Report on inoculation in the plague infected areas of the Punjab and its dependencies from October 1900 to September 1901
Year: 1900
Disease focus: Plague
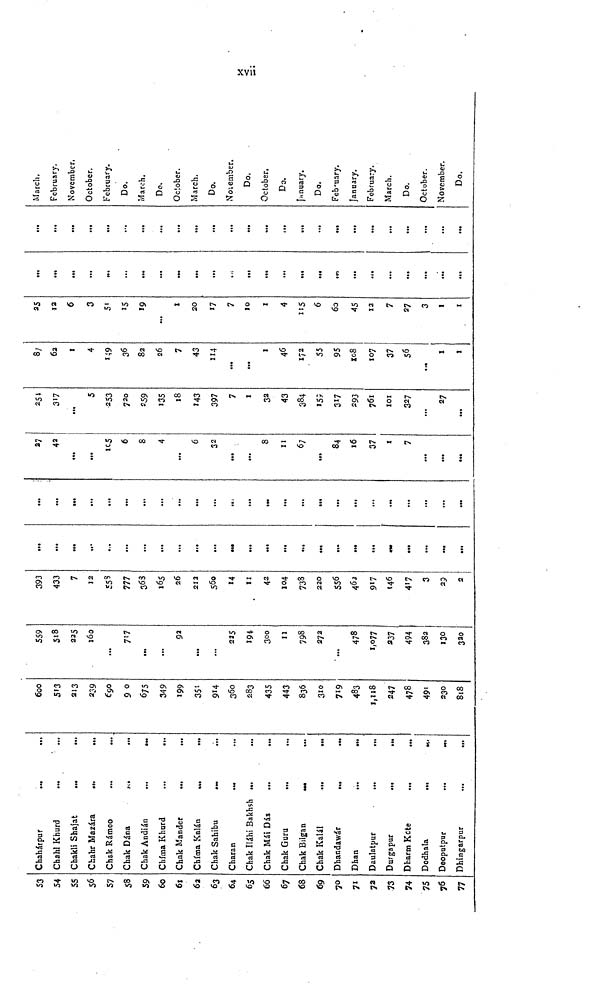
xvii
53
54
55
56
57
58
59
60
61
62
63
64
65
66
67
68
69
70
71
72
73
74
75
76
77
Chahárpur
...
...
Chahl Khurd
Chakli Shajat
Chahr Mazára
...
...
Chak Rámoo
Chak Dána
Chak Andián
...
...
Chima Khurd
Chak Mander
Chíma Kalán
Chak Sahibu
Charan
Chak Iláhi Bakhsh ...
Chak Mái Dás
Chak Guru
Chak Bilgan
Chak Kalál
Dhandawár
...
Dhan
Daulatpur
Durgapur
Dharm Kete
Dodhala
Deopatpur
Dhingarpur
600
513
213
239
690
9 0
675
349
199
351
914
360
283
435
443
836
310
719
483
1,118
247
478
491
230
818
559
518
225
160
...
717
...
...
92
...
...
225
194
300
11
798
272
...
478
1,077
237
494
382
130
320
393
433
7
12
558
777
363
26
212
560
14
11
42
104
738
220
556
462
917
146
417
3
29
2
...
...
...
...
...
...
...
...
...
...
...
...
...
...
...
...
...
...
...
...
...
...
...
...
...
...
...
...
...
...
...
...
...
...
...
...
...
...
...
...
...
27
42
...
...
105
6
8
4
...
6
32
...
...
8
11
67
...
84
16
37
1
7
...
...
...
317
...
5
253
720
259
135
18
143
397
7
1
32
43
384
159
317
293
761
101
327
...
27
...
8
62
1
4
149
36
82
26
7
43
114
...
...
1
46
172
55
95
108
107
37
56
1
1
25
12
6
3
5
15
19
...
1
20
17
7
10
1
4
115
6
60
45
12
7
27
3
I
1
...
...
...
...
.
...
...
...
...
...
...
...
...
...
...
...
...
...
...
...
...
...
...
...
...
...
...
...
..,
...
...
...
...
...
...
...
...
...
...
...
...
...
...
...
March,
February.
November,
October.
February.
Do.
March.
Do,
October.
March.
Do.
November.
Do.
October.
Do.
January.
Do.
February.
January.
February.
March.
Do.
October.
November.
Do.